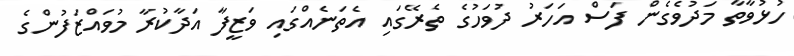
ހުޅުވާތާ މަދުވެގެން ފަސް އަހަރު ދުވަހުގެ ތެރޭގައި އެތަނެއްގައި ވަޒީފާ އަދާކުރާ މުވައްޒަފުންގެ